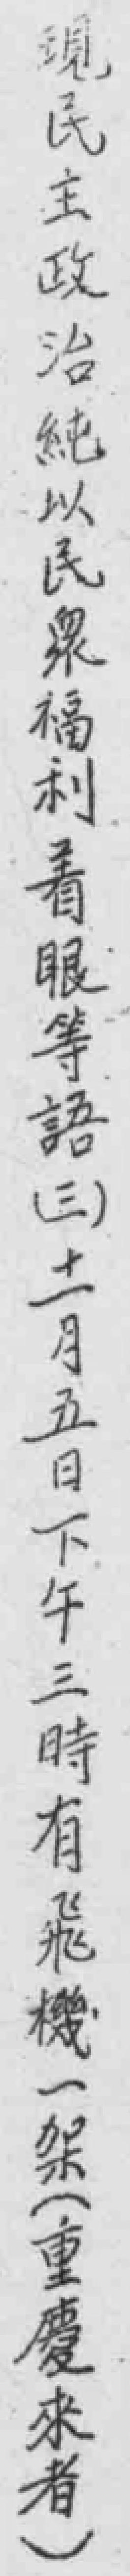
現民主政治純以民衆福利着眼等語（三）十一月五日下午三時有飛機一架（重慶來者）